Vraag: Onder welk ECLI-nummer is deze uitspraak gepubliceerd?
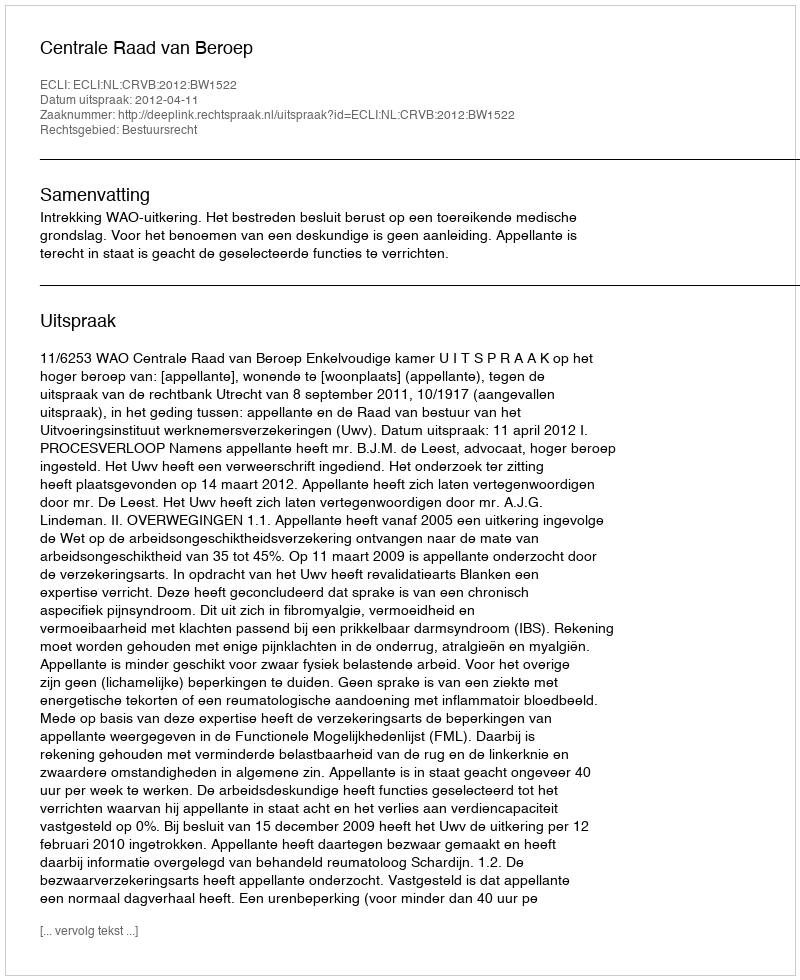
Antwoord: ECLI:NL:CRVB:2012:BW1522